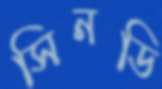
সিনডি